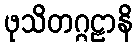
ဖုသိတဂ္ဂဠာနိ